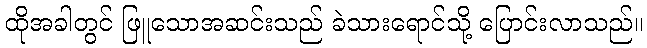
ထိုအခါတွင် ဖြူသောအဆင်းသည် ခဲသားရောင်သို့ ပြောင်းလာသည်။